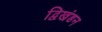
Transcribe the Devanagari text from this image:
द्विखंडन